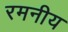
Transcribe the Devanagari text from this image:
रमनीय